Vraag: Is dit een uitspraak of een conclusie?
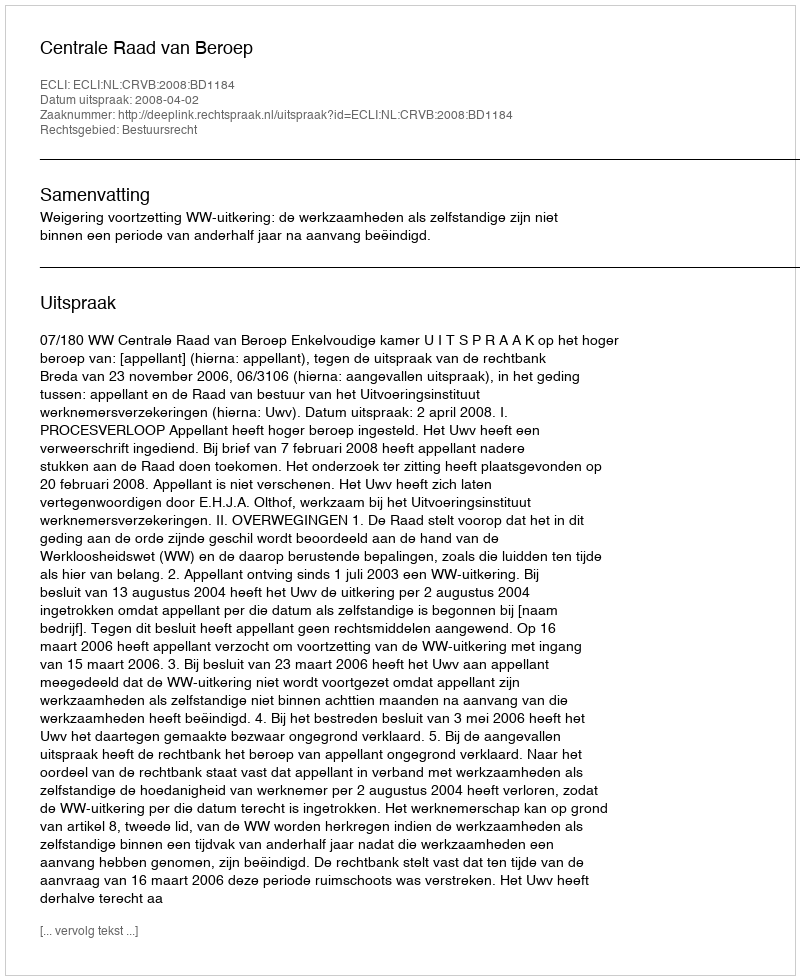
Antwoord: Uitspraak